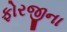
ફોરજીના